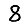
Digit: 8